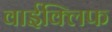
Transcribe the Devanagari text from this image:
वाईक्लिफ